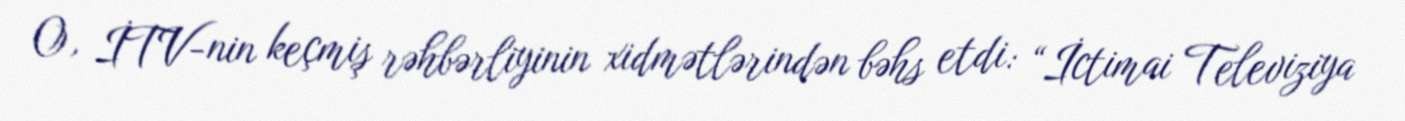
O, İTV-nin keçmiş rəhbərliyinin xidmətlərindən bəhs etdi: “İctimai Televiziya